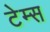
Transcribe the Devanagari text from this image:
टेम्‍स